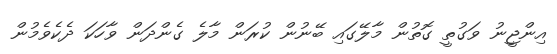
އިންޖީނު ވަގުތީ ގޮތުން މާލޭގައި ބޭނުން ކުރަން މާލެ ގެންދަން ވާހަކަ ދެކެވެމުން